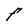
Character: F